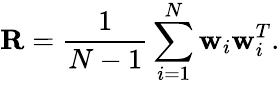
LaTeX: \mathbf{R}=\frac{1}{N-1}\sum_{i=1}^{N}\mathbf{w}_{i}\mathbf{w}_{i}^{T}.